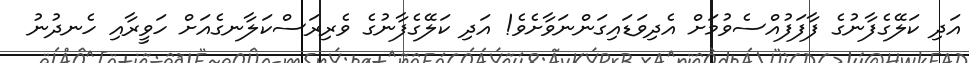
އަދި ކަލޭގެފާނުގެ ފާފަފުއްސެވުމަށް އެދިވަޑައިގަންނަވާށެވެ! އަދި ކަލޭގެފާނުގެ ވެރިރަސްކަލާނގެއަށް ހަވީރާއި ހެނދުނު